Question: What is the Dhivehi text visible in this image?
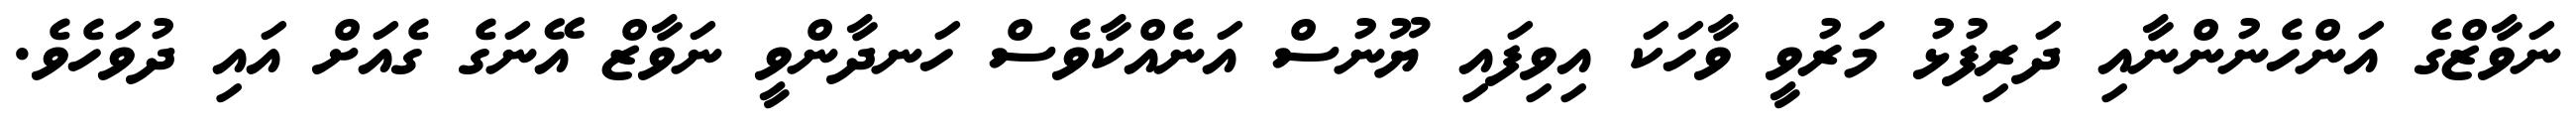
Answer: ނަވާޒްގެ އަންހެނުންނާއި ދަރިފުޅު މަރުވީ ވާހަކަ އިވިފައި ޔޫނުސް އަނެއްކާވެސް ހަނދާންވީ ނަވާޒް އޭނަގެ ގެއަށް އައި ދުވަހެވެ.